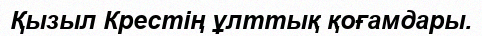
Қызыл Крестің ұлттық қоғамдары.